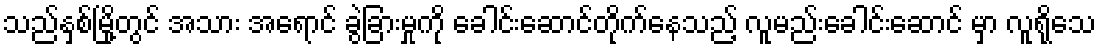
သည်နှစ်မြို့တွင် အသား အရောင် ခွဲခြားမှုကို ခေါင်းဆောင်တိုက်နေသည့် လူမည်းခေါင်းဆောင် မှာ လူရိုသေ